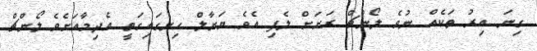
ގިނަ އިރު ތަކެއް ނުވެ ލޯންޗް ރަށަށް ލެފި އެވެ..ޔަނާލް ހިނގައިގަތީ އެދިމާއަށެވެ..ލޯންޗް